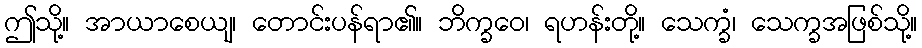
ဤသို့။ အာယာစေယျ၊ တောင်းပန်ရာ၏။ ဘိက္ခဝေ၊ ရဟန်းတို့။ သေက္ခံ၊ သေက္ခအဖြစ်သို့။